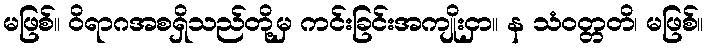
မဖြစ်။ ဝိရာဂအစရှိသည်တို့မှ ကင်းခြင်းအကျိုးငှာ။ န သံဝတ္တတိ၊ မဖြစ်။